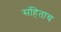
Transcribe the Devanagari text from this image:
संहिताच